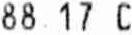
88.17 C